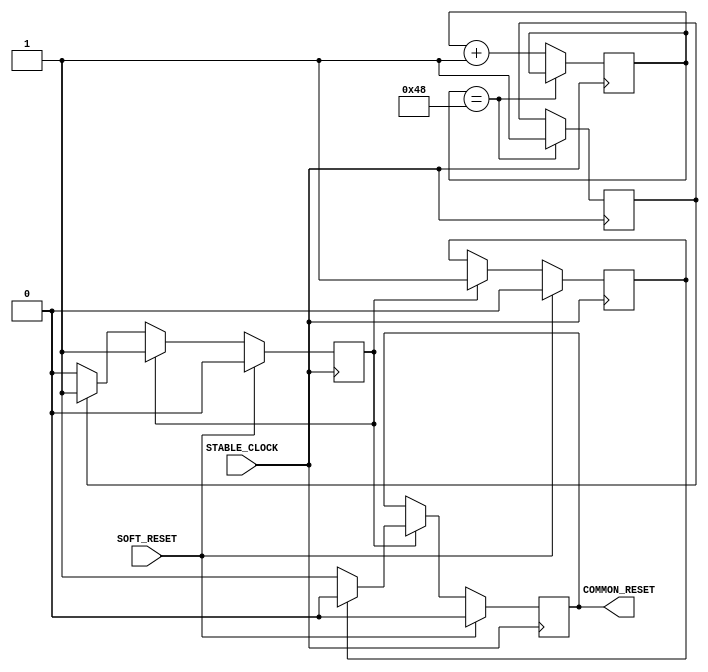
//
//  By David
//
//////////////////////////////////////////////////////////////////////////////
//////////////////////////////////////////////////////////////////////////////
`timescale 1ns / 1ps
`define DLY #1


module common_reset  #
(
  parameter     STABLE_CLOCK_PERIOD      = 8        // Period of the stable clock driving this state-machine, unit is [ns]
)
(
  input   wire      STABLE_CLOCK,             //Stable Clock, either a stable clock from the PCB
  input   wire      SOFT_RESET,               //User Reset, can be pulled any time
  output  reg       COMMON_RESET = 1'b0             //Reset QPLL
);


  localparam integer  STARTUP_DELAY    = 500;//AR43482: Transceiver needs to wait for 500 ns after configuration
  localparam integer WAIT_CYCLES      = STARTUP_DELAY / STABLE_CLOCK_PERIOD; // Number of Clock-Cycles to wait after configuration
  localparam integer WAIT_MAX         = WAIT_CYCLES + 10;                    // 500 ns plus some additional margin

  reg [7:0] init_wait_count = 0;
  reg       init_wait_done = 1'b0;
  wire      common_reset_i;
  reg       common_reset_asserted = 1'b0;

  localparam INIT = 1'b0;
  localparam ASSERT_COMMON_RESET = 1'b1;

  reg state = INIT;

  always @(posedge STABLE_CLOCK)
  begin
    // The counter starts running when configuration has finished and
    // the clock is stable. When its maximum count-value has been reached,
    // the 500 ns from Answer Record 43482 have been passed.
    if (init_wait_count == WAIT_MAX)
      init_wait_done <= `DLY  1'b1;
    else
      init_wait_count <= `DLY  init_wait_count + 1;
  end


  always @(posedge STABLE_CLOCK)
  begin
    if (SOFT_RESET == 1'b1)
      begin
        state <= INIT;
        COMMON_RESET <= 1'b0;
        common_reset_asserted <= 1'b0;
      end
    else
      begin
      case (state)
        INIT :
        begin
          if (init_wait_done == 1'b1) state <= ASSERT_COMMON_RESET;
        end
        ASSERT_COMMON_RESET :
        begin
          if(common_reset_asserted == 1'b0)
            begin
              COMMON_RESET <= 1'b1;
              common_reset_asserted <= 1'b1;
            end
          else
              COMMON_RESET <= 1'b0;
        end
        default:
            state <=  INIT;
      endcase
      end
   end


endmodule